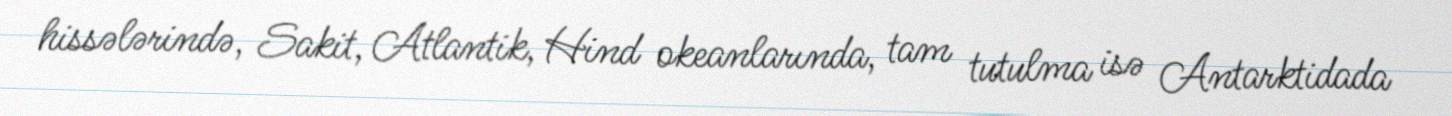
hissələrində, Sakit, Atlantik, Hind okeanlarında, tam tutulma isə Antarktidada